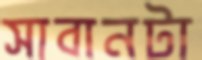
সাবানটা